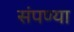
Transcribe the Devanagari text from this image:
संपण्या